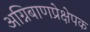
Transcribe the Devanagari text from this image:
अग्निबाणप्रेक्षेपक